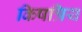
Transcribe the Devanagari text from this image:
किषत्रिय